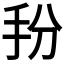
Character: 𭠓